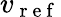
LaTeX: v_{\mathrm{~r~e~f~}}